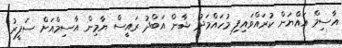
އާސިމް އައްޔަން ކުރައްވައިފި މުހައްމަދު ޝާން އަބްދު ރައީސް ޔާމިން އާސިމްއަށް ސަފީރު